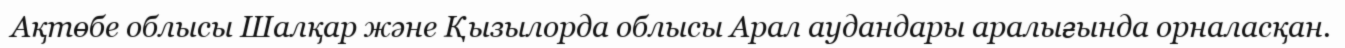
Ақтөбе облысы Шалқар және Қызылорда облысы Арал аудандары аралығында орналасқан.